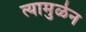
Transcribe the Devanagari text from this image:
त्यामुळेन